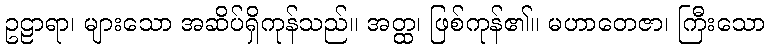
ဥဠာရာ၊ များသော အဆိပ်ရှိကုန်သည်။ အတ္ထ၊ ဖြစ်ကုန်၏။ မဟာတေဇာ၊ ကြီးသော